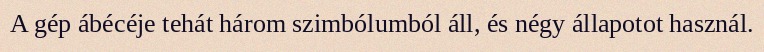
A gép ábécéje tehát három szimbólumból áll, és négy állapotot használ.